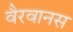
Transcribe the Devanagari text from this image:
वैरवानस